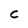
Character: c